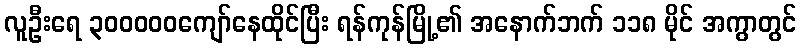
လူဦးရေ ၃၀၀၀၀၀ကျော်နေထိုင်ပြီး ရန်ကုန်မြို့၏ အနောက်ဘက် ၁၁၈ မိုင် အကွာတွင်